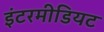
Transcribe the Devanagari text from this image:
इंटरमीडियट